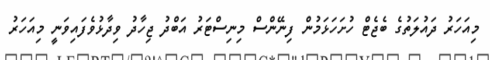
މިއަހަރު ދައުލަތުގެ ބެޖެޓް ހުށަހަޅަމުން ފިނޭންސް މިނިސްޓަރު އަބްދު ޖިހާދު ވިދާޅުވެފައިވަނީ މިއަހަރު